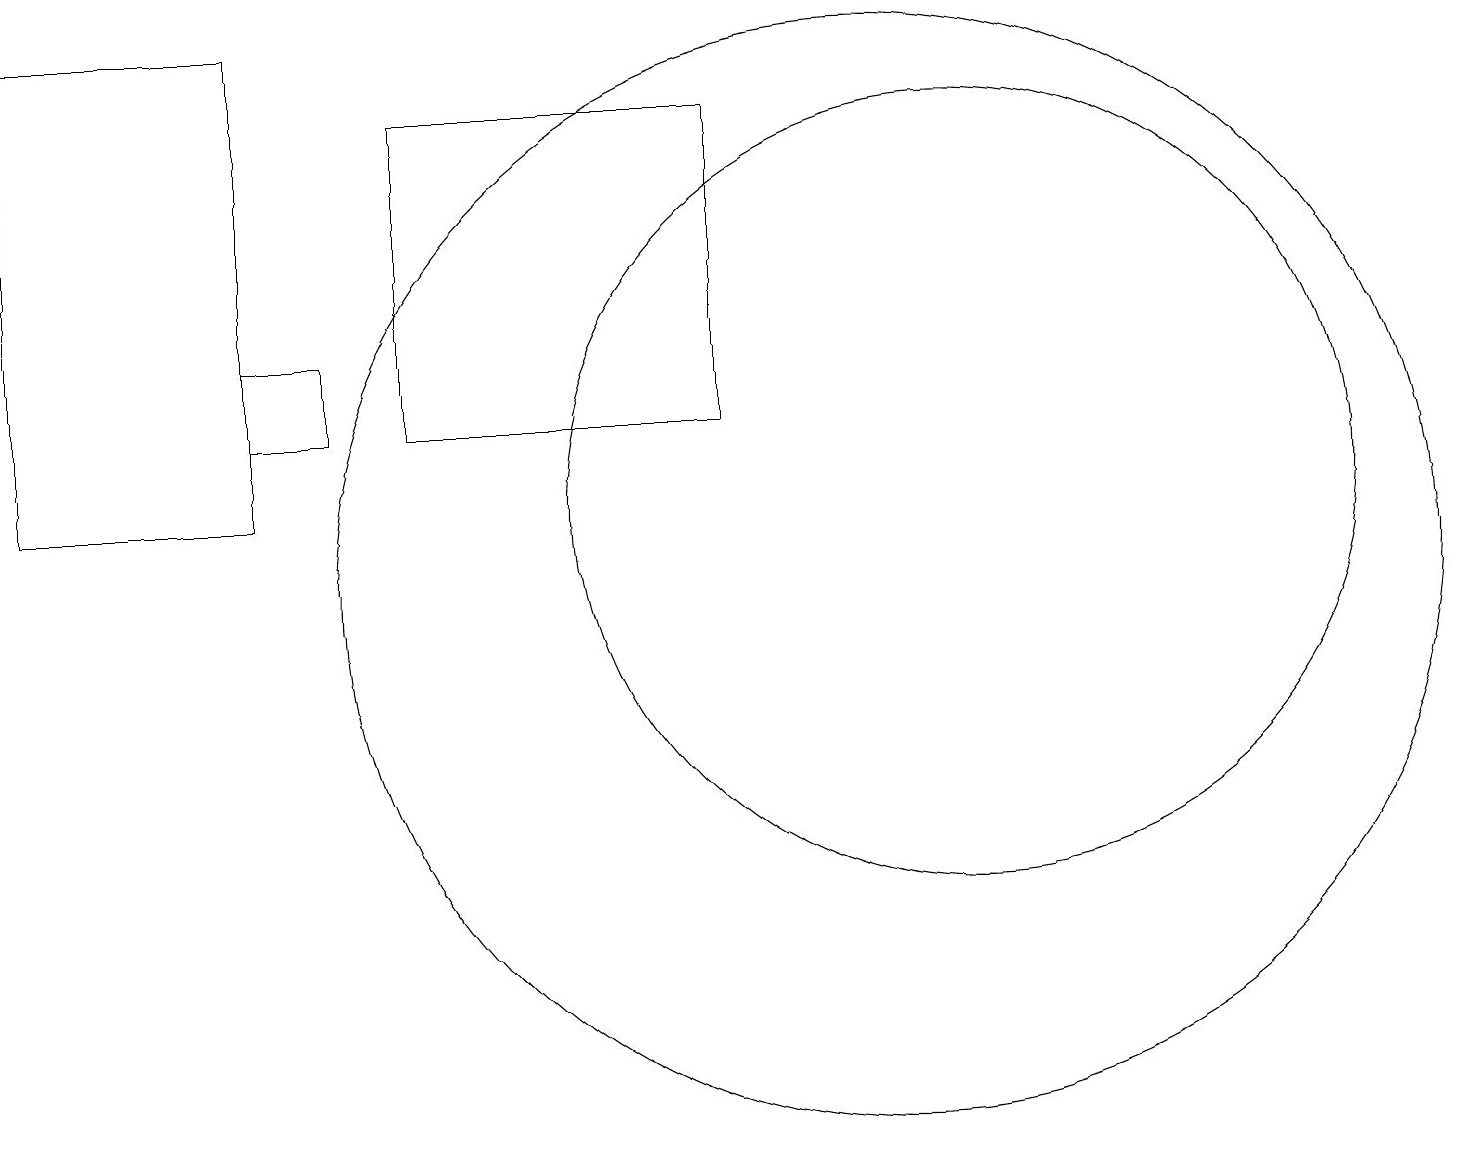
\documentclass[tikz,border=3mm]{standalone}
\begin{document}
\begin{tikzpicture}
\draw (11,11) circle (7);
\draw (10,10) circle (0);
\draw (3,12) rectangle (0,18);
\draw (12,12) circle (5);
\draw (3,14) rectangle (4,13);
\draw (9,13) rectangle (5,17);
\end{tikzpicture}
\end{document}